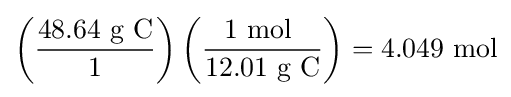
\left({\frac {48.64{\mbox{ g C}}}{1}}\right)\left({\frac {1{\mbox{ mol }}}{12.01{\mbox{ g C}}}}\right)=4.049\ {\text{mol}}